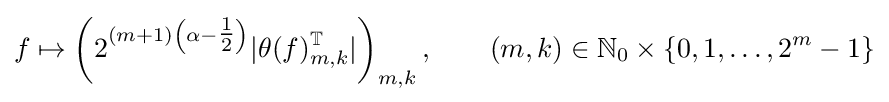
f\mapsto \left(2^{(m+1)\left(\alpha -{\tfrac {1}{2}}\right)}|\theta (f)_{m,k}^{\mathbb {T} }|\right)_{m,k},\qquad (m,k)\in \mathbb {N} _{0}\times \{0,1,\dots ,2^{m}-1\}